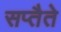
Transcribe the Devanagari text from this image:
सप्तैते